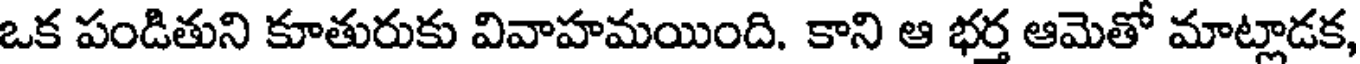
ఒక పండితుని కూతురుకు వివాహమయింది. కాని ఆ భర్త ఆమెతో మాట్లాడక,